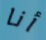
أنا